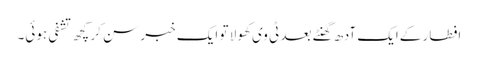
افطار کےایک آدھ گھنٹے بعد ٹی وی کھولا تو ایک خبر سن کر کچھ تشفی ہوئی۔